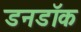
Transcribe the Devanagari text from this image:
डनडॉक